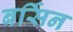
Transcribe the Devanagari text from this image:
बर्सिन